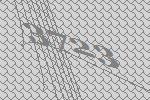
3723